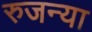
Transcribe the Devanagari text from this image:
रुजन्या